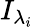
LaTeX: {{I}_{{{\lambda}_{i}}}}